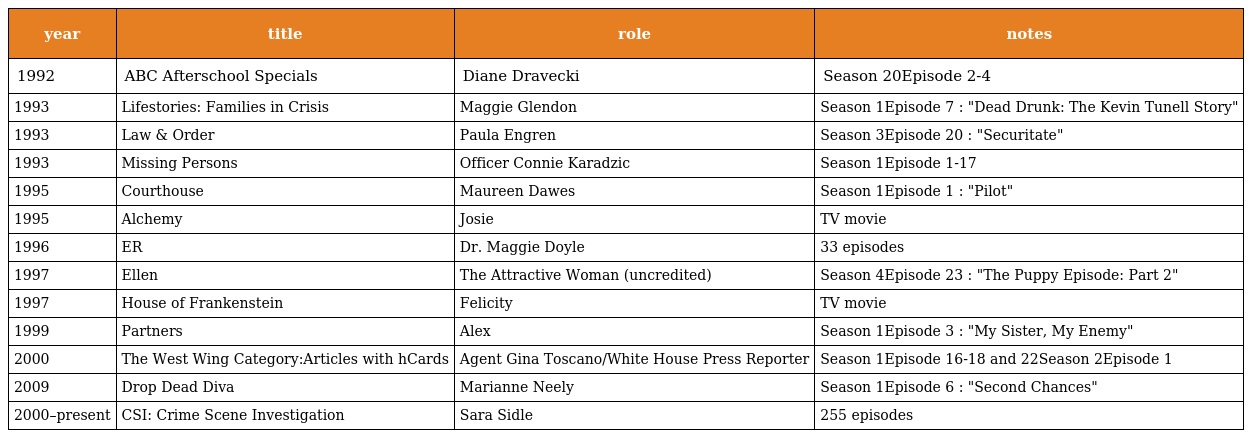
| year | title | role | notes |
 | --- | --- | --- | --- |
 | 1992 | ABC Afterschool Specials | Diane Dravecki | Season 20，Episode 2-4 |
 | 1993 | Lifestories: Families in Crisis | Maggie Glendon | Season 1，Episode 7 : "Dead Drunk: The Kevin Tunell Story" |
 | 1993 | Law & Order | Paula Engren | Season 3，Episode 20 : "Securitate" |
 | 1993 | Missing Persons | Officer Connie Karadzic | Season 1，Episode 1-17 |
 | 1995 | Courthouse | Maureen Dawes | Season 1，Episode 1 : "Pilot" |
 | 1995 | Alchemy | Josie | TV movie |
 | 1996 | ER | Dr. Maggie Doyle | 33 episodes |
 | 1997 | Ellen | The Attractive Woman (uncredited) | Season 4，Episode 23 : "The Puppy Episode: Part 2" |
 | 1997 | House of Frankenstein | Felicity | TV movie |
 | 1999 | Partners | Alex | Season 1，Episode 3 : "My Sister, My Enemy" |
 | 2000 | The West Wing Category:Articles with hCards | Agent Gina Toscano/White House Press Reporter | Season 1，Episode 16-18 and 22、Season 2，Episode 1 |
 | 2009 | Drop Dead Diva | Marianne Neely | Season 1，Episode 6 : "Second Chances" |
 | 2000–present | CSI: Crime Scene Investigation | Sara Sidle | 255 episodes |